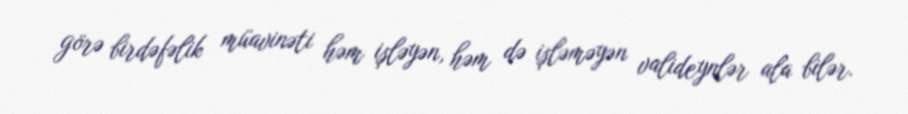
görə birdəfəlik müavinəti həm işləyən, həm də işləməyən valideynlər ala bilər.